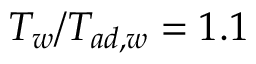
T _ { w } / T _ { a d , w } = 1 . 1